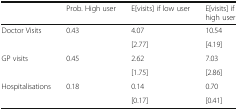
<table><thead><tr><td></td><td><b>Prob. High user</b></td><td><b>E[visits] if low user</b></td><td><b>E[visits] if high user</b></td></tr></thead><tbody><tr><td rowspan="2">Doctor Visits</td><td rowspan="2">0.43</td><td>4.07</td><td>10.54</td></tr><tr><td>[2.77]</td><td>[4.19]</td></tr><tr><td rowspan="2">GP visits</td><td rowspan="2">0.45</td><td>2.62</td><td>7.03</td></tr><tr><td>[1.75]</td><td>[2.86]</td></tr><tr><td rowspan="2">Hospitalisations</td><td rowspan="2">0.18</td><td>0.14</td><td>0.70</td></tr><tr><td>[0.17]</td><td>[0.41]</td></tr></tbody></table>